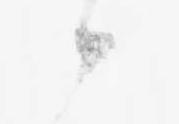
候